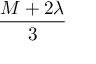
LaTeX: \frac { M + 2 \lambda } { 3 }